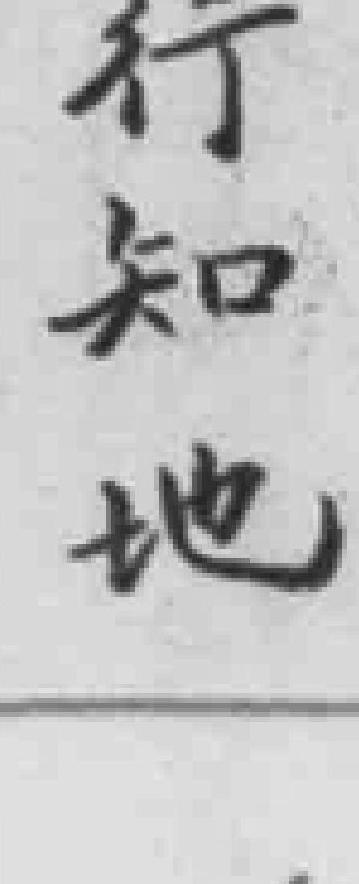
行知地